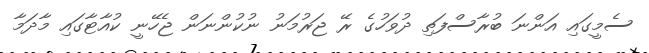
ސެމީގައި އަންނަ ބުރާސްފަތި ދުވަހުގެ ރޭ ޖަރުމަނު ނުކުންނަން ޖެހޭނީ ކުއާޓާގައި މާދަމާ